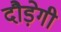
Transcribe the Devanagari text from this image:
दौड़ेगी